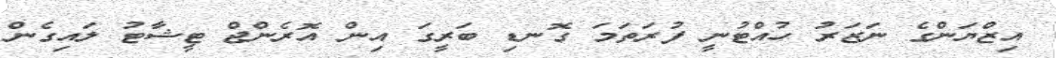
އިޒްޔަންގެ ނަޒަރު ހުއްޓުނީ ފުރަތަމަ ގޮނޑި ބަރީގަ އިން އޮރެންޖް ޓީޝާޓު ލައިގެން